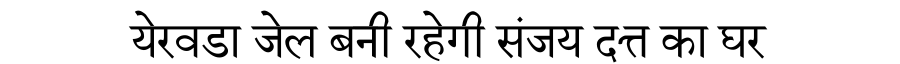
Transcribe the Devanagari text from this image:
येरवडा जेल बनी रहेगी संजय दत्त का घर